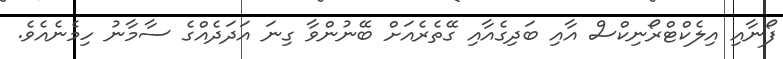
ފޯނާއި އިލެކްޓްރޯނިކްސް އާއި ބަދިގެއާއި ގޭތެރެއަށް ބޭނުންވާ ގިނަ އަދަދެއްގެ ސާމާނު ހިމެނެއެވެ.